Annual administration report of the Civil Veterinary Department of India - 1894-1895
Year: 1894
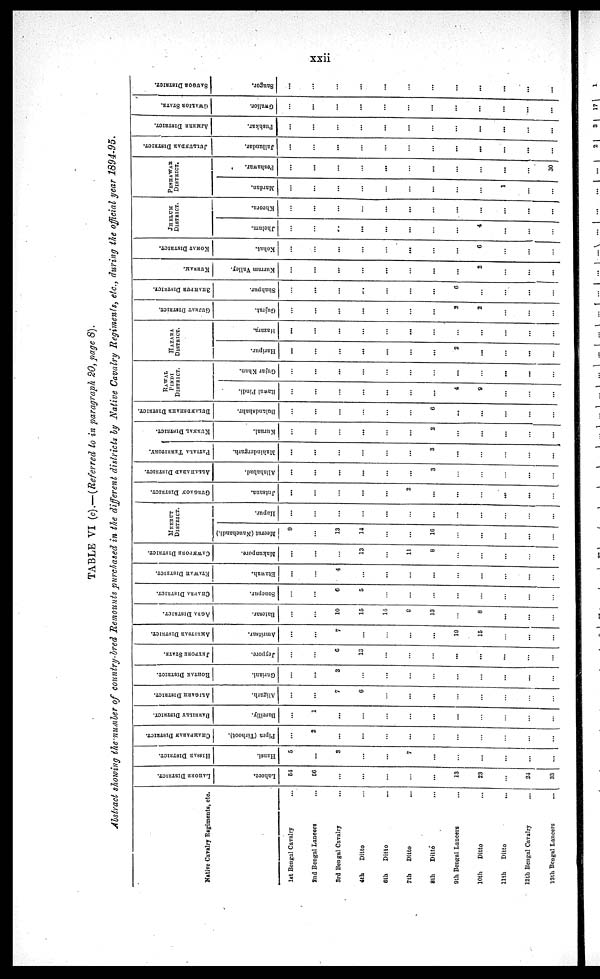
xxii
TABLE VI (c).— (Referred to in paragraph 20, page 8).
Abstract showing the number of country-bred Remounts purchased in the different districts by Native Cavalry Regiments, etc., during the official year 1894-95.
Native Cavalry Regiments, etc.
1st Bengal Cavalry ...
2nd Bengal Laneers ...
3rd Bengal Cavalry …
4th
Ditto …
6th
Ditto …
7th
Ditto …
8th
Ditto …
9th Bengal Lancers ...
10th
Ditto …
11th
Ditto …
12th Bengal Cavalry …
13th Bengal Lancers ...
LAHORE DISTRICT.
Lahore.
54
56
…
...
…
…
…
13
23
…
24
33
HISSAR DISTRICT.
Hansi.
5
...
3
…
…
7
...
…
…
…
…
…
CHAMPARAN DISTRICT.
Pipra (Tirhoot).
...
2
…
...
…
...
…
…
…
…
…
…
BAREILLY DISTRICT.
Bareilly.
...
1
...
…
…
…
...
…
…
…
…
…
ALIGARH DISTRICT.
Aligarh.
…
...
7
6
…
...
...
…
…
…
...
…
ROHTAK DISTRICT.
Guriani.
…
…
3
…
...
…
…
…
...
...
…
…
JEYPORE STATE.
Jeypore.
…
…
6
13
…
…
…
...
...
…
…
…
AMRITSAR DISTRICT.
Amritsar.
...
...
7
…
…
…
…
19
15
…
…
…
AGRA DISTRICT.
Batesar.
…
...
10
15
14
9
13
…
8
...
…
…
CHAPRA DISTRICT.
Sonepur.
…
…
6
5
…
…
…
…
…
…
...
…
ETAWAH DISTRICT.
Etawah.
...
…
4
…
...
…
…
…
...
…
…
…
CAWNPORE DISTRICT.
Makunpore.
…
…
...
13
…
…
8
...
…
…
…
…
MEERUT
DISTRICT.
Meerut (Nauchandi.)
9
...
13
14
…
…
16
…
...
...
…
…
Hapur.
...
…
…
…
...
…
…
…
…
…
...
…
GURGAON DISTRICT.
Jutsana.
...
…
…
…
…
2
...
...
…
...
...
…
ALLAHABAD DISTRICT.
Allahabad.
…
...
…
...
…
...
3
…
…
…
...
…
PATIALA TERRITORY.
Mahindergarh.
…
…
…
…
…
…
3
...
…
…
…
...
KURNAL DISTRICT.
Kurual.
…
...
…
...
…
…
2
...
…
…
…
…
BULANDSHAHR DISTRICT.
Bulandshahr.
…
…
…
…
…
…
6
...
...
…
…
...
RAWAL
PINDI
DISTRICT.
Rawal Pindi.
…
…
…
…
...
…
…
4
9
…
…
...
Gujar Khan.
...
…
...
...
…
...
…
…
…
...
...
…
HAZARA
DISTRICT.
Haripur.
...
…
...
...
...
...
...
2
...
…
...
...
Hazara.
...
...
…
…
…
...
…
…
...
…
...
…
GUJRAT DISTRICT.
Gujrat.
…
…
…
...
…
…
...
2
2
…
…
…
SHAHPUR DISTRICT.
Shahpur.
…
...
…
...
…
…
...
6
…
…
...
...
KURRAM.
Kurram Valley.
…
...
...
...
...
...
...
...
2
…
...
...
KOHAT DISTRICT.
Kohat.
…
...
...
...
…
...
...
...
6
…
...
...
JHELUM
DISTRICT.
Jhelum.
…
…
..
...
...
…
…
…
4
...
…
...
Kheora.
…
…
...
…
...
...
...
...
…
...
...
...
PESHAWAR
DISTRICT.
Mardan.
…
…
...
…
…
…
...
…
…
1
...
...
Peshawar.
…
...
…
…
...
…
...
...
…
...
...
30
JULLUNDAR DISTRICT.
Jullundar.
...
…
...
…
...
...
...
...
...
...
...
...
AJMERE DISTRICT.
Pushkar.
…
...
…
…
…
...
...
...
...
...
...
...
GWALIOR STATE.
Gwalior.
…
...
...
…
…
...
...
...
...
...
...
SAUGOR DISTRICT.
Saugor.
...
...
...
…
...
...
...
...
...
...
...
...